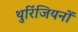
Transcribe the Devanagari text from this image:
थुरिंजियनों